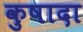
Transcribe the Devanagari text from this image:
कुषादा